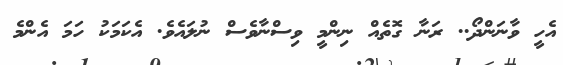
އެހީ ވާނަންދޯ.. ރަނާ ގޮތެއް ނިންމީ ވިސްނާވެސް ނުލައެވެ. އެކަމަކު ހަމަ އެންމެ